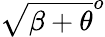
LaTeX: \sqrt{\beta+\theta}^{o}